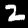
Digit: 2